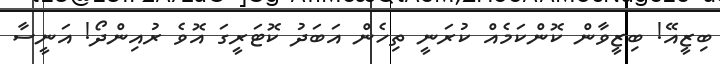
ބިޒީއޭ! ބިޒީވާން ކޮންކަމެއް ކުރަނީ ތިހެން އަބަދު ކޮޓަރީގަ އޮވެ ރުއިންދޯ! އަނީސާ